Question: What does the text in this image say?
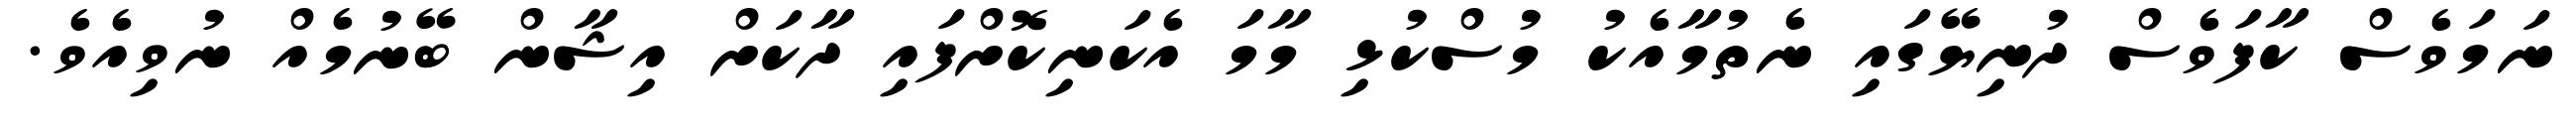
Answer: ނަމަވެސް ކާފަވެސް ދުނިޔޭގައި ނެތުމާއެކު މުސްކުޅި މާމަ އެކަނިކޮށްފައި ދާކަށް އިޝާން ބޭނުމެއް ނުވިއެވެ.